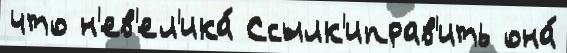
что н'ев'ел'ика́ Ссылк'иправ'ить она́